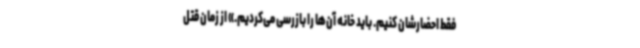
فقط احضارشان کنیم. باید خانه‌ آن‌ها را بازرسی می‌کردیم.» از زمان قتل